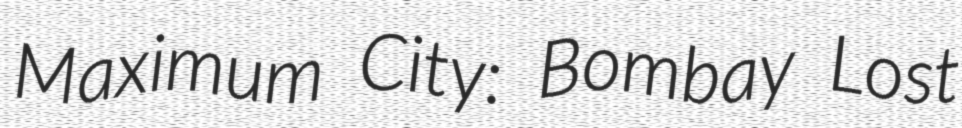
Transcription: Maximum City: Bombay Lost